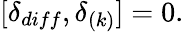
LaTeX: [\delta_{diff},\delta_{(k)}]=0.